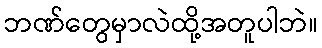
ဘဏ်တွေမှာလဲထို့အတူပါဘဲ။